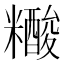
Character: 𰫔